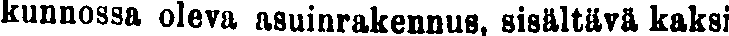
kunnossa oleva asuinrakennus, sisältävä kaksi